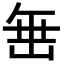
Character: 𮉰